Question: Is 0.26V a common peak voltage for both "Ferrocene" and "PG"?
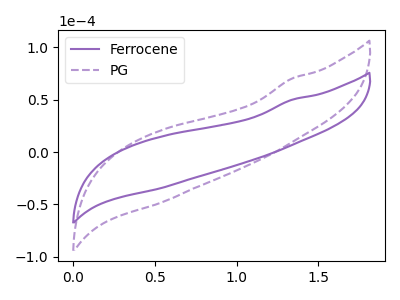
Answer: <think>The purple curve "Ferrocene" has no peaks. The purple dashed curve "PG" has no peaks.</think>
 <answer>No, "Ferrocene" and "PG" dont share a peak at 0.26V.</answer>
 <eval>mismatch</eval>